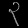
Digit: ၃